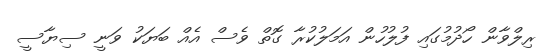
ރިލްވާން ހޯދުމުގައި ފުލުހުން އަމަލުކުރާ ގޮތް ވެސް އެއް ބަޔަކު ވަނީ ސިޔާސީ